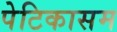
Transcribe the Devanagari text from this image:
पेटिकासम